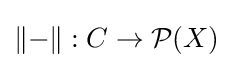
\left\|-\right\|:C\to {\mathcal {P}}(X)